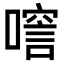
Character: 𠾘